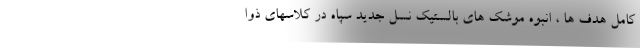
کامل هدف ها ، انبوه موشک های بالستیک نسل جدید سپاه در کلاسهای ذوا